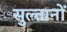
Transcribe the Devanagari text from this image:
सुल्‍तानों